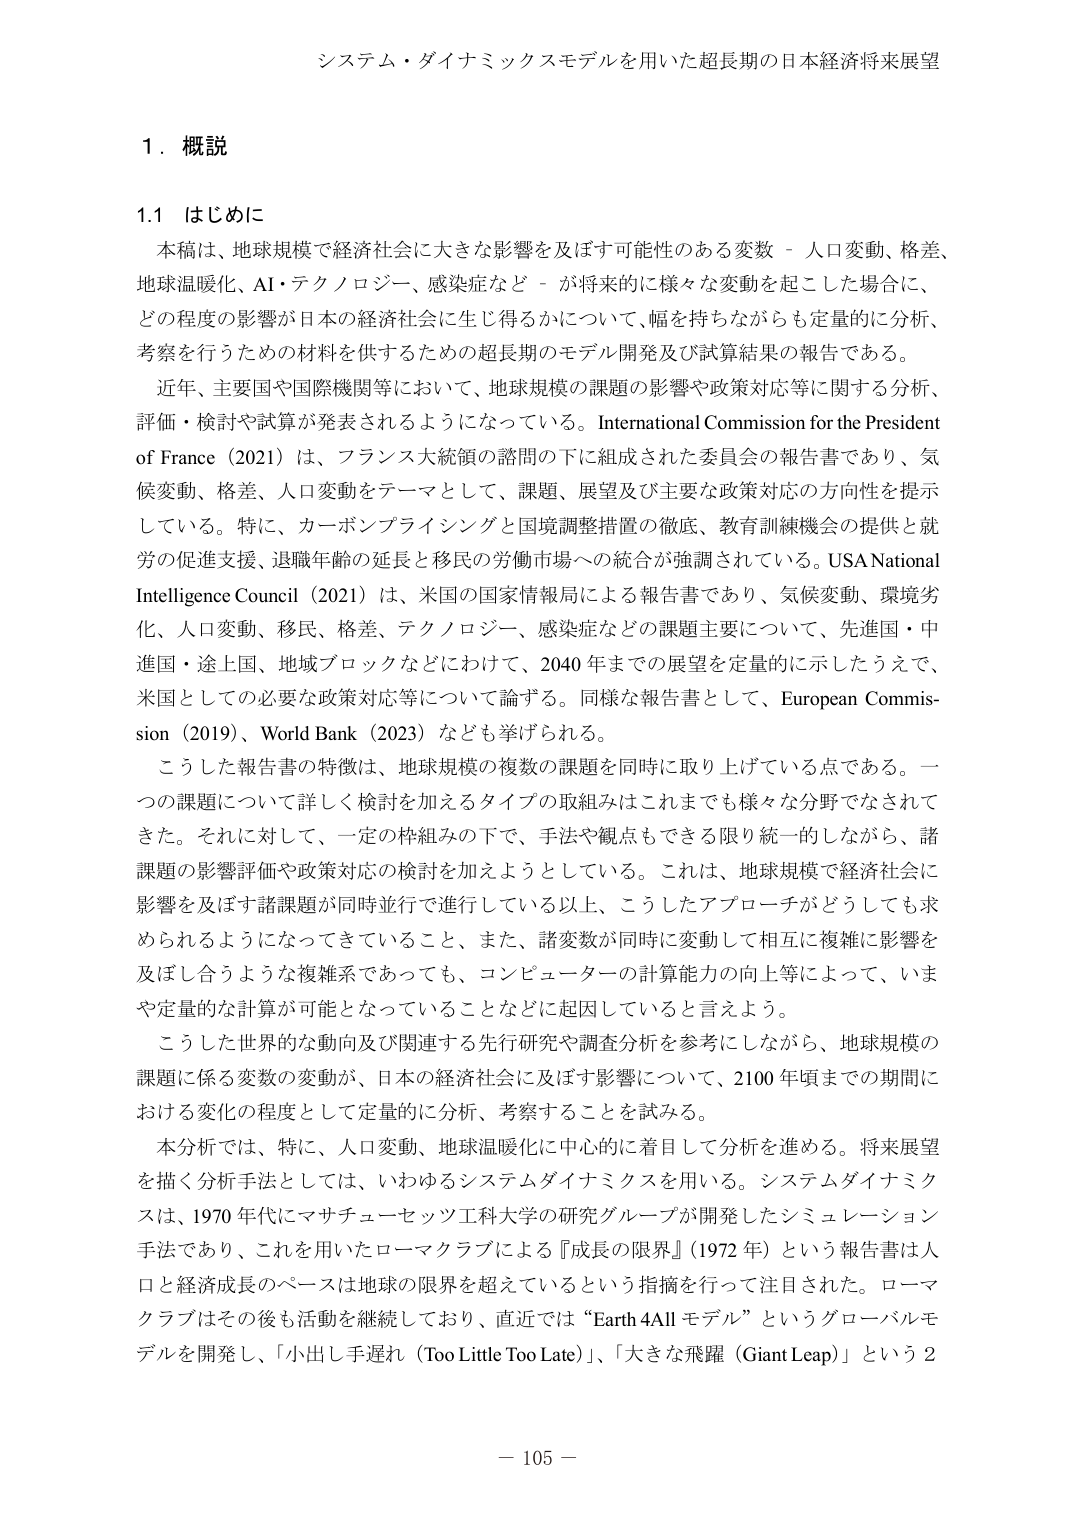
システム・ダイナミックスモデルを用いた超長期の日本経済将来展望

１．概説

1.1 はじめに

本稿は、地球規模で経済社会に大きな影響を及ぼす可能性のある変数－人口変動、格差、地球温暖化、AI・テクノロジー、感染症など－が将来的に様々な変動を起こした場合に、どの程度の影響が日本の経済社会に生じ得るかについて、幅を持ちながらも定量的に分析、考察を行うための材料を供するための超長期のモデル開発及び試算結果の報告である。

近年、主要国や国際機関等において、地球規模の課題の影響や政策対応等に関する分析、評価・検討や試算が発表されるようになっている。International Commission for the President of France（2021）は、フランス大統領の諮問の下に組成された委員会の報告書であり、気候変動、格差、人口変動をテーマとして、課題、展望及び主要な政策対応の方向性を提示している。特に、カーボンプライシングと国境調整措置の徹底、教育訓練機会の提供と就労の促進支援、退職年齢の延長と移民の労働市場への統合が強調されている。USA National Intelligence Council（2021）は、米国の国家情報局による報告書であり、気候変動、環境劣化、人口変動、移民、格差、テクノロジー、感染症などの課題主要について、先進国・中進国・途上国、地域ブロックなどにわたって、2040年までの展望を定量的に示したうえで、米国としての必要な政策対応等について論ずる。同様な報告書として、European Commission（2019）、World Bank（2023）なども挙げられる。

こうした報告書の特徴は、地球規模の複数の課題を同時に取り上げている点である。一つの課題について詳しく検討を加えるタイプの取組みはこれまでも様々な分野でなされてきた。それに対して、一定の枠組みの下で、手法や観点もできる限り統一的しながら、諸課題の影響評価や政策対応の検討を加えようとしている。これは、地球規模で経済社会に影響を及ぼす諸課題が同時並行で進行している以上、こうしたアプローチがどうしても求められるようになってきていること、また、諸変数が同時に変動して相互に複雑に影響を及ぼし合うような複雑系であっても、コンピューターの計算能力の向上等によって、いまや定量的な計算が可能となっていることなどに起因していると言えよう。

こうした世界的な動向及び関連する先行研究や調査分析を参考にしながら、地球規模の課題に係る変数の変動が、日本の経済社会に及ぼす影響について、2100年頃までの期間における変化の程度として定量的に分析、考察することを試みる。

本分析では、特に、人口変動、地球温暖化に中心的に着目して分析を進める。将来展望を描く分析手法としては、いわゆるシステムダイナミクスを用いる。システムダイナミクスは、1970年代にマサチューセッツ工科大学の研究グループが開発したシミュレーション手法であり、これを用いたローマクラブによる『成長の限界』（1972年）という報告書は人口と経済成長のペースは地球の限界を超えているという指摘を行って注目された。ローマクラブはその後も活動を継続しており、直近では“Earth 4Allモデル”というグローバルモデルを開発し、「小出し手遅れ（Too Little Too Late）」、「大きな飛躍（Giant Leap）」という2

－ 105 －